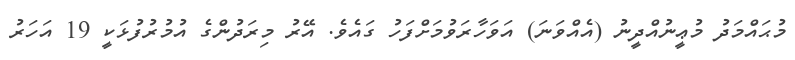
މުޙައްމަދު މުޢީނުއްދީނު (އެއްވަނަ) އަވަހާރަވުމަށްފަހު ގައެވެ. އޭރު މިރަދުންގެ އުމުރުފުޅަކީ 19 އަހަރު